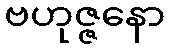
ဗဟုဇ္ဇနော